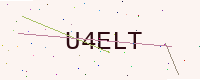
Text: U4ELT